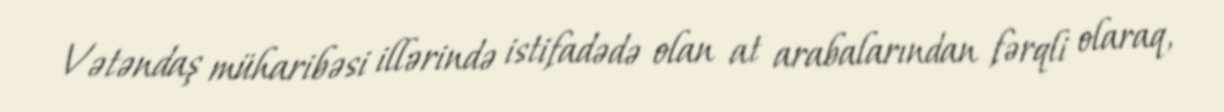
Vətəndaş müharibəsi illərində istifadədə olan at arabalarından fərqli olaraq,